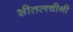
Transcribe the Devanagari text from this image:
शीतलचीनी